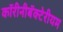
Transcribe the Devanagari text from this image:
कॉरीनीबॅक्टेरीयम